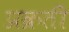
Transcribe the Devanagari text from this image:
प्रक्रती